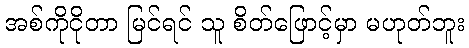
အစ်ကိုငိုတာ မြင်ရင် သူ စိတ်ဖြောင့်မှာ မဟုတ်ဘူး